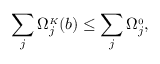
\sum _ { j } \Omega _ { j } ^ { \scriptscriptstyle K } ( b ) \leq \sum _ { j } \Omega _ { j } ^ { \scriptscriptstyle 0 } ,